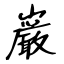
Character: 巌